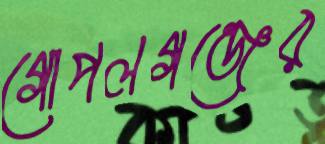
গোপলগঞ্জের